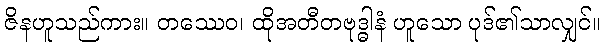
ဇိနဟူသည်ကား။ တဿေဝ၊ ထိုအတီတဗုဒ္ဓါနံ ဟူသော ပုဒ်၏သာလျှင်။